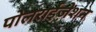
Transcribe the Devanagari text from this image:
पोलराईज़ेशन